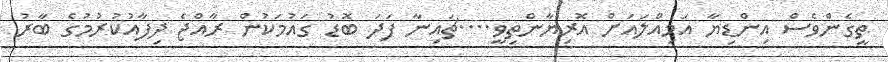
ތީގެންވެސް އިންޑިޔާ އަމިއްލައަށް އޮރިޔާންތިވީ....ޗައިނާ ފަދަ ބޮޑު ގައުމަކުން ރާއްޖެ ދިފާއުކުރުމުގެ ބާރު